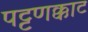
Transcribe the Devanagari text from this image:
पट्टणक्काट